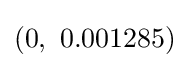
(0,\ 0.001285)